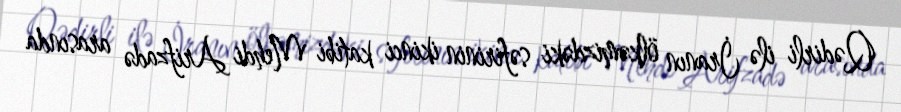
Qədirli ilə İranın ölkəmizdəki səfirinin ikinci katibi Mehdi Arifzadə arasında